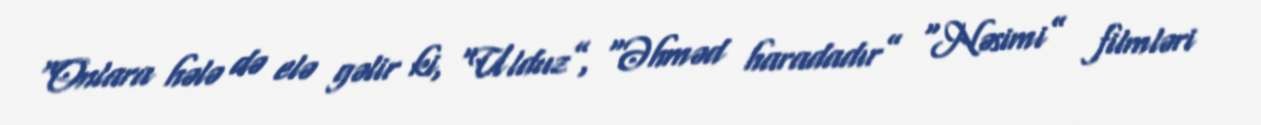
“Onlara hələ də elə gəlir ki, “Ulduz”, “Əhməd haradadır” “Nəsimi” filmləri